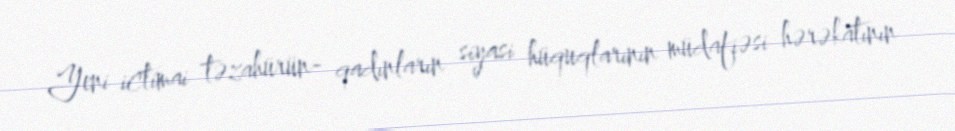
Yeni ictimai təzahürün- qadınların siyasi hüquqlarının müdafiəsi hərəkatının